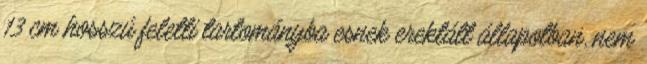
13 cm hosszú feletti tartományba esnek erektált állapotban, nem